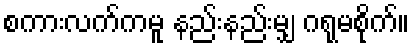
စကားလက်ကမူ နည်းနည်းမျှ ဂရုမစိုက်။